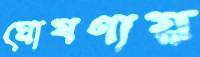
ঘোষণায়